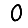
Digit: 0